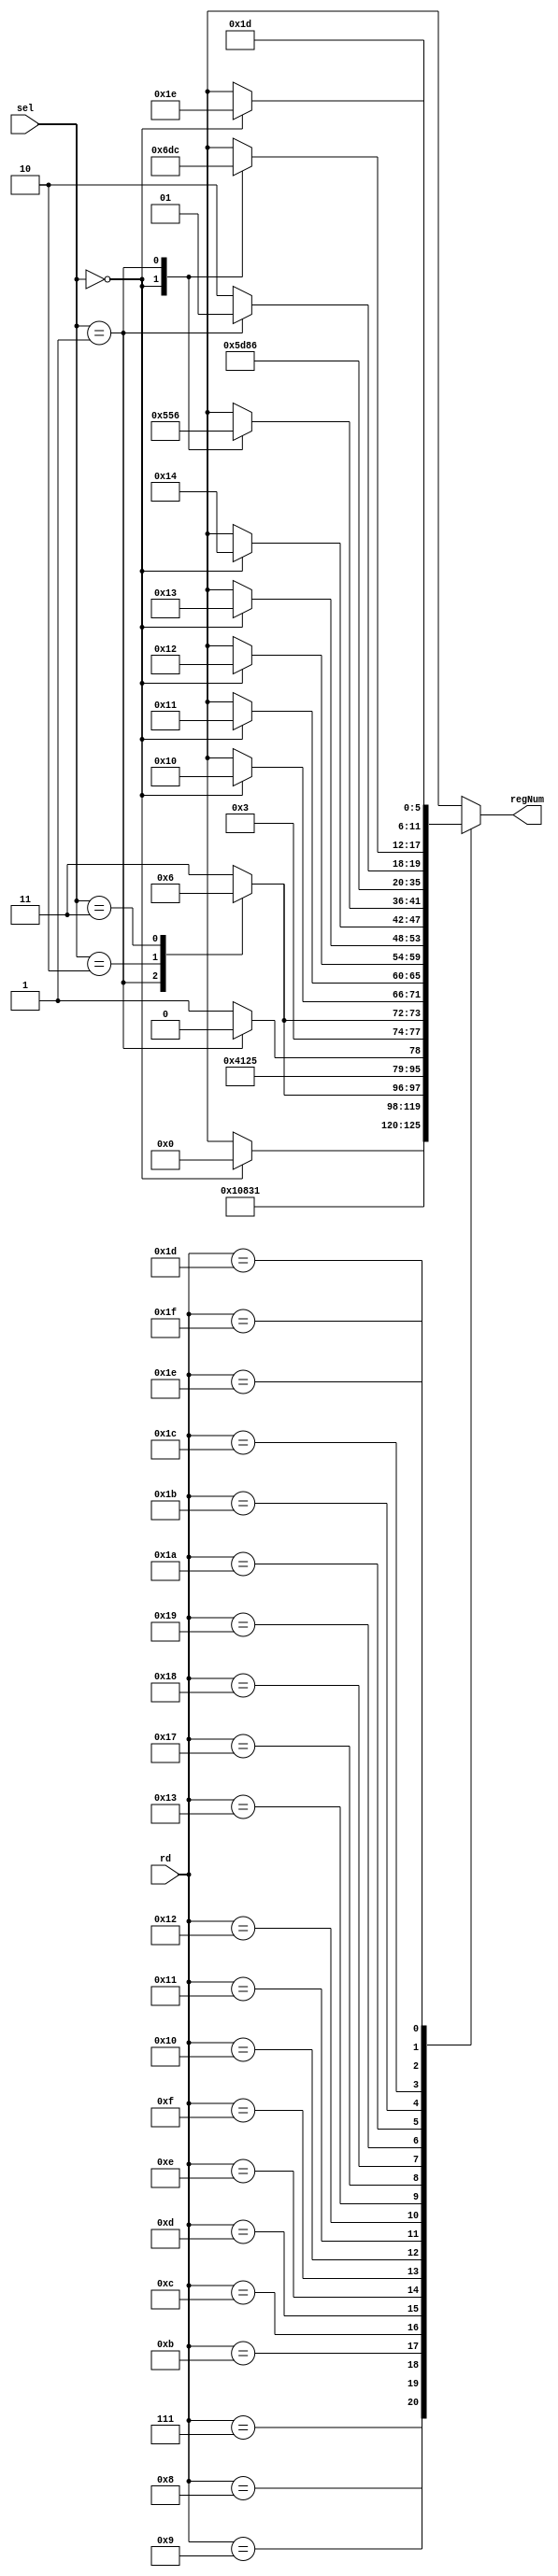
module CP0RegNum(
    input wire [4:0] rd,
    input wire [2:0] sel,
    output wire [5:0] regNum
);
    reg [5:0] cp0RegNum;
    assign regNum = cp0RegNum;

    always @* begin
        case(rd)
            5'd7 : cp0RegNum = sel == 3'd0 ? 6'd0 : 6'dx;
            5'd8 : cp0RegNum = 6'd1;
            5'd9 : cp0RegNum = 6'd2;
            5'd11: cp0RegNum = 6'd3;
            5'd12: 
                case(sel)
                    3'd1: cp0RegNum = 6'd4;
                    3'd2: cp0RegNum = 6'd5;
                    3'd3: cp0RegNum = 6'd6;
                    default: cp0RegNum = 6'd7;
                endcase
            5'd13: cp0RegNum = 6'd8;
            5'd14: cp0RegNum = 6'd9;
            5'd15: cp0RegNum = sel == 3'd1 ? 6'd10 : 6'd11;
            5'd16: 
                case(sel)
                    3'd1: cp0RegNum = 6'd12;
                    3'd2: cp0RegNum = 6'd13;
                    3'd3: cp0RegNum = 6'd14;
                    default: cp0RegNum = 6'd15;
                endcase
            5'd17: cp0RegNum = sel == 3'd0 ? 6'd16 : 6'dx;
            5'd18: cp0RegNum = sel == 3'd0 ? 6'd17 : 6'dx;
            5'd19: cp0RegNum = sel == 3'd0 ? 6'd18 : 6'dx;

            5'd23: cp0RegNum = sel == 3'd0 ? 6'd19 : 6'dx;
            5'd24: cp0RegNum = sel == 3'd0 ? 6'd20 : 6'dx;
            5'd25: 
                case(sel)
                    3'd0: cp0RegNum = 6'd21;
                    3'd1: cp0RegNum = 6'd22;
                    default: cp0RegNum = 6'dx;
                endcase
            5'd26: cp0RegNum = 6'd23;
            5'd27: cp0RegNum = 6'd24;
            5'd28: cp0RegNum = sel == 3'd1 ? 6'd25 : 6'd26;
            5'd29: 
                case(sel)
                    3'd0: cp0RegNum = 6'd27;
                    3'd1: cp0RegNum = 6'd28;
                    default: cp0RegNum = 6'dx;
                endcase
            5'd30: cp0RegNum = 6'd29;
            5'd31: cp0RegNum = sel == 3'd0 ? 6'd30 : 6'dx;
            default cp0RegNum = 6'dx;
        endcase
    end
endmodule